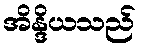
အိန္ဒိယသည်